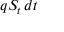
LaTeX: q S _ { t } \, d t